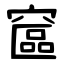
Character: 䆰